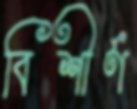
বিশীর্ণ